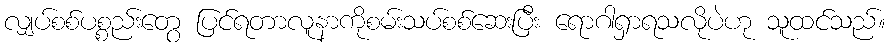
လျှပ်စစ်ပစ္စည်းတွေ ပြင်ရတာလူနာကိုစမ်းသပ်စစ်ဆေးပြီး ရောဂါရှာရသလိုပဲဟု သူထင်သည်။